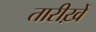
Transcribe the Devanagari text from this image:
तारीख़ें